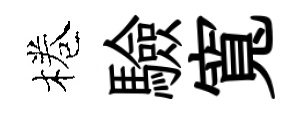
棬驗寬